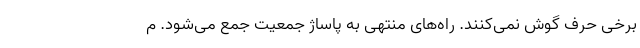
برخی حرف گوش نمی‌کنند. راه‌های منتهی به پاساژ جمعیت جمع می‌شود. م